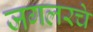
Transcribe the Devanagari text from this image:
जगलरचे